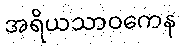
အရိယသာဝကေန